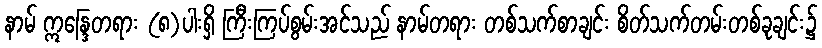
နာမ် ဣန္ဒြေတရား (၈)ပါးရှိ ကြီးကြပ်စွမ်းအင်သည် နာမ်တရား တစ်သက်စာချင်း စိတ်သက်တမ်းတစ်ခုချင်း၌